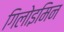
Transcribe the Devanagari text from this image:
गिलोइमिन